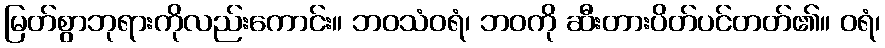
မြတ်စွာဘုရားကိုလည်းကောင်း။ ဘဝသံဝရံ၊ ဘဝကို ဆီးတားပိတ်ပင်တတ်၏။ ဝရံ၊